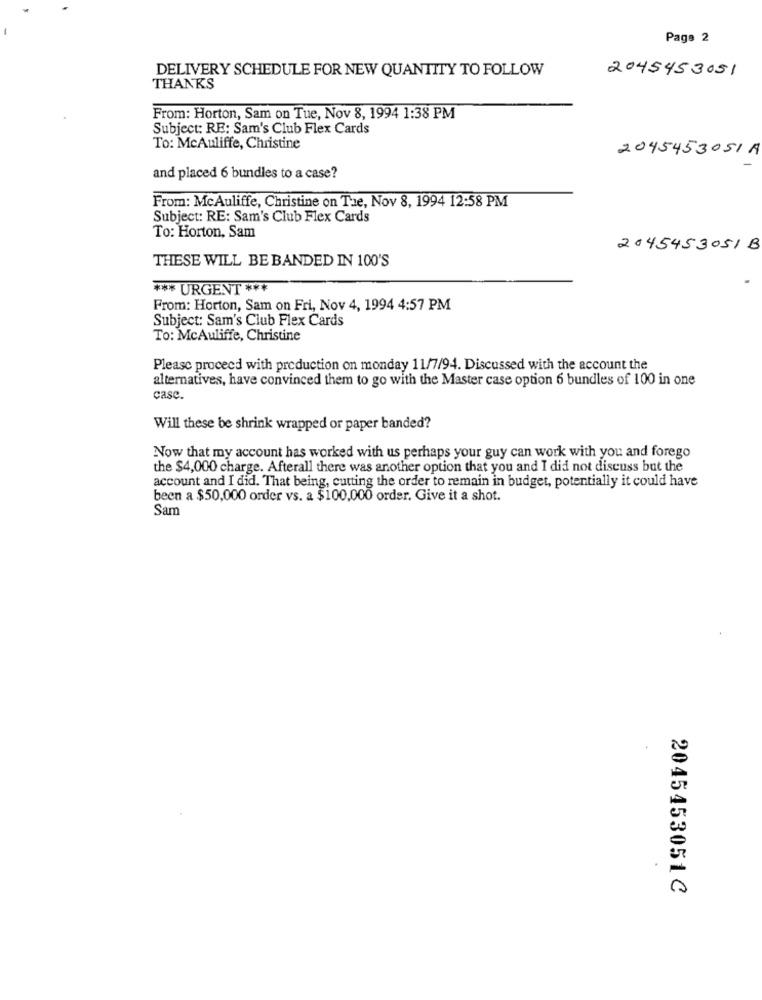
Page 2
DELIVERY SCHEDULE FOR NEW QUANTITY TO FOLLOW
2045453051
THANKS
From: Horton, Sam on Tue, Nov 8, 1994 1:38 PM
Subject: RE: Sam's Club Flex Cards
To: Mcauliffe, Christine
2045453051A
and placed 6 bundles to a case?
From: McAuliffe, Christine on The, Nov 8, 1994 12:58 PM
Subject: RE: Sam's Club Flex Cards
To: Horton, Sam
2045453051 B
THESE WILL BE BANDED IN 100'S
*** URGENT ***
From: Horton, Sam on Fri, Nov 4, 1994 4:57 PM
Subject: Sam's Club Flex Cards
To: McAuliffe, Christine
Please proceed with production on monday 11/7/94. Discussed with the account the
alternatives, have convinced them to go with the Master case option 6 bundles of 100 in one
case.
Will these be shrink wrapped or paper banded?
Now that my account has worked with us perhaps your guy can work with you and forego
the $4,000 charge. Afterall there was another option that you and I did not discuss but the
account and I did. That being, cutting the order to remain in budget, potentially it could have
been a $50,000 order vs. a $100,000 order. Give it a shot.
Sam
2045453051C